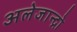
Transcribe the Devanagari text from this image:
अलेजान्द्रो